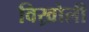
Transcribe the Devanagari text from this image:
विख्रोली